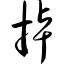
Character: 掉